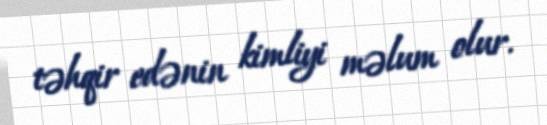
təhqir edənin kimliyi məlum olur.